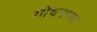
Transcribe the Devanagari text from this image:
गोधनाचा